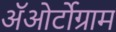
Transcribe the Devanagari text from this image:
अॅओर्टोग्राम